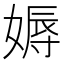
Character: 媷